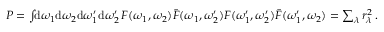
\begin{array} { r } { P = \int \! \! \mathrm { d } \omega _ { 1 } \mathrm { d } \omega _ { 2 } \mathrm { d } \omega _ { 1 } ^ { \prime } \mathrm { d } \omega _ { 2 } ^ { \prime } \, F ( \omega _ { 1 } , \omega _ { 2 } ) \bar { F } ( \omega _ { 1 } , \omega _ { 2 } ^ { \prime } ) F ( \omega _ { 1 } ^ { \prime } , \omega _ { 2 } ^ { \prime } ) \bar { F } ( \omega _ { 1 } ^ { \prime } , \omega _ { 2 } ) = \sum _ { \lambda } r _ { \lambda } ^ { 2 } \, . } \end{array}